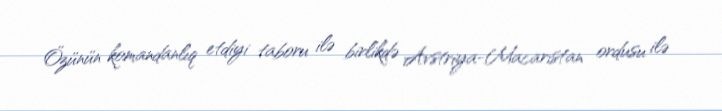
Özünün komandanlıq etdiyi taboru ilə birlikdə Avstriya-Macarıstan ordusu ilə